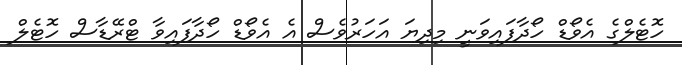
ހޮޓެލްގެ އެވޯޑް ހޯދާފައިވަނީ މިދިޔަ އަހަރުވެސް އެ އެވޯޑް ހޯދާފައިވާ ޓްރޭޑާސް ހޮޓެލް